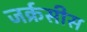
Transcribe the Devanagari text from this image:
जर्क्रसीस